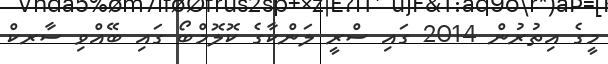
މީގެ އިތުރުން 2014 ގައި ސްރީ ލަންކާގެ ކޮލޮމްބޯ ގައި ބޭއްވި ސާރކް